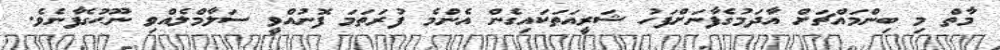
މާތް މި ބިންމައްޗަށް އާދަމުގެފާނަށްފަހު ޝަރީއަތަކައިގެން އެންމެ ފުރަތަމަ ފޮނުއްވީ ސަލާމްލެއްވި ނޫޙުގެފާނެވެ.